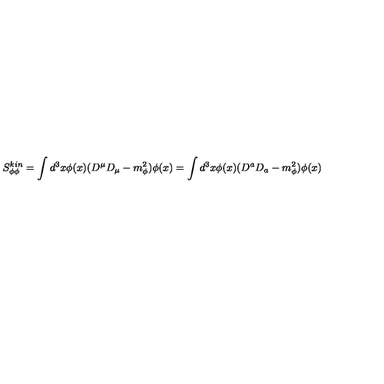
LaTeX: S _ { \phi \phi } ^ { k i n } = \int d ^ { 3 } x \phi ( x ) ( D ^ { \mu } D _ { \mu } - m _ { \phi } ^ { 2 } ) \phi ( x ) = \int d ^ { 3 } x \phi ( x ) ( D ^ { a } D _ { a } - m _ { \phi } ^ { 2 } ) \phi ( x )